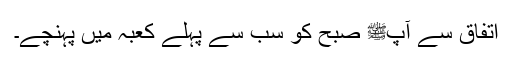
اتفاق سے آپﷺ صبح کو سب سے پہلے کعبہ میں پہنچے۔